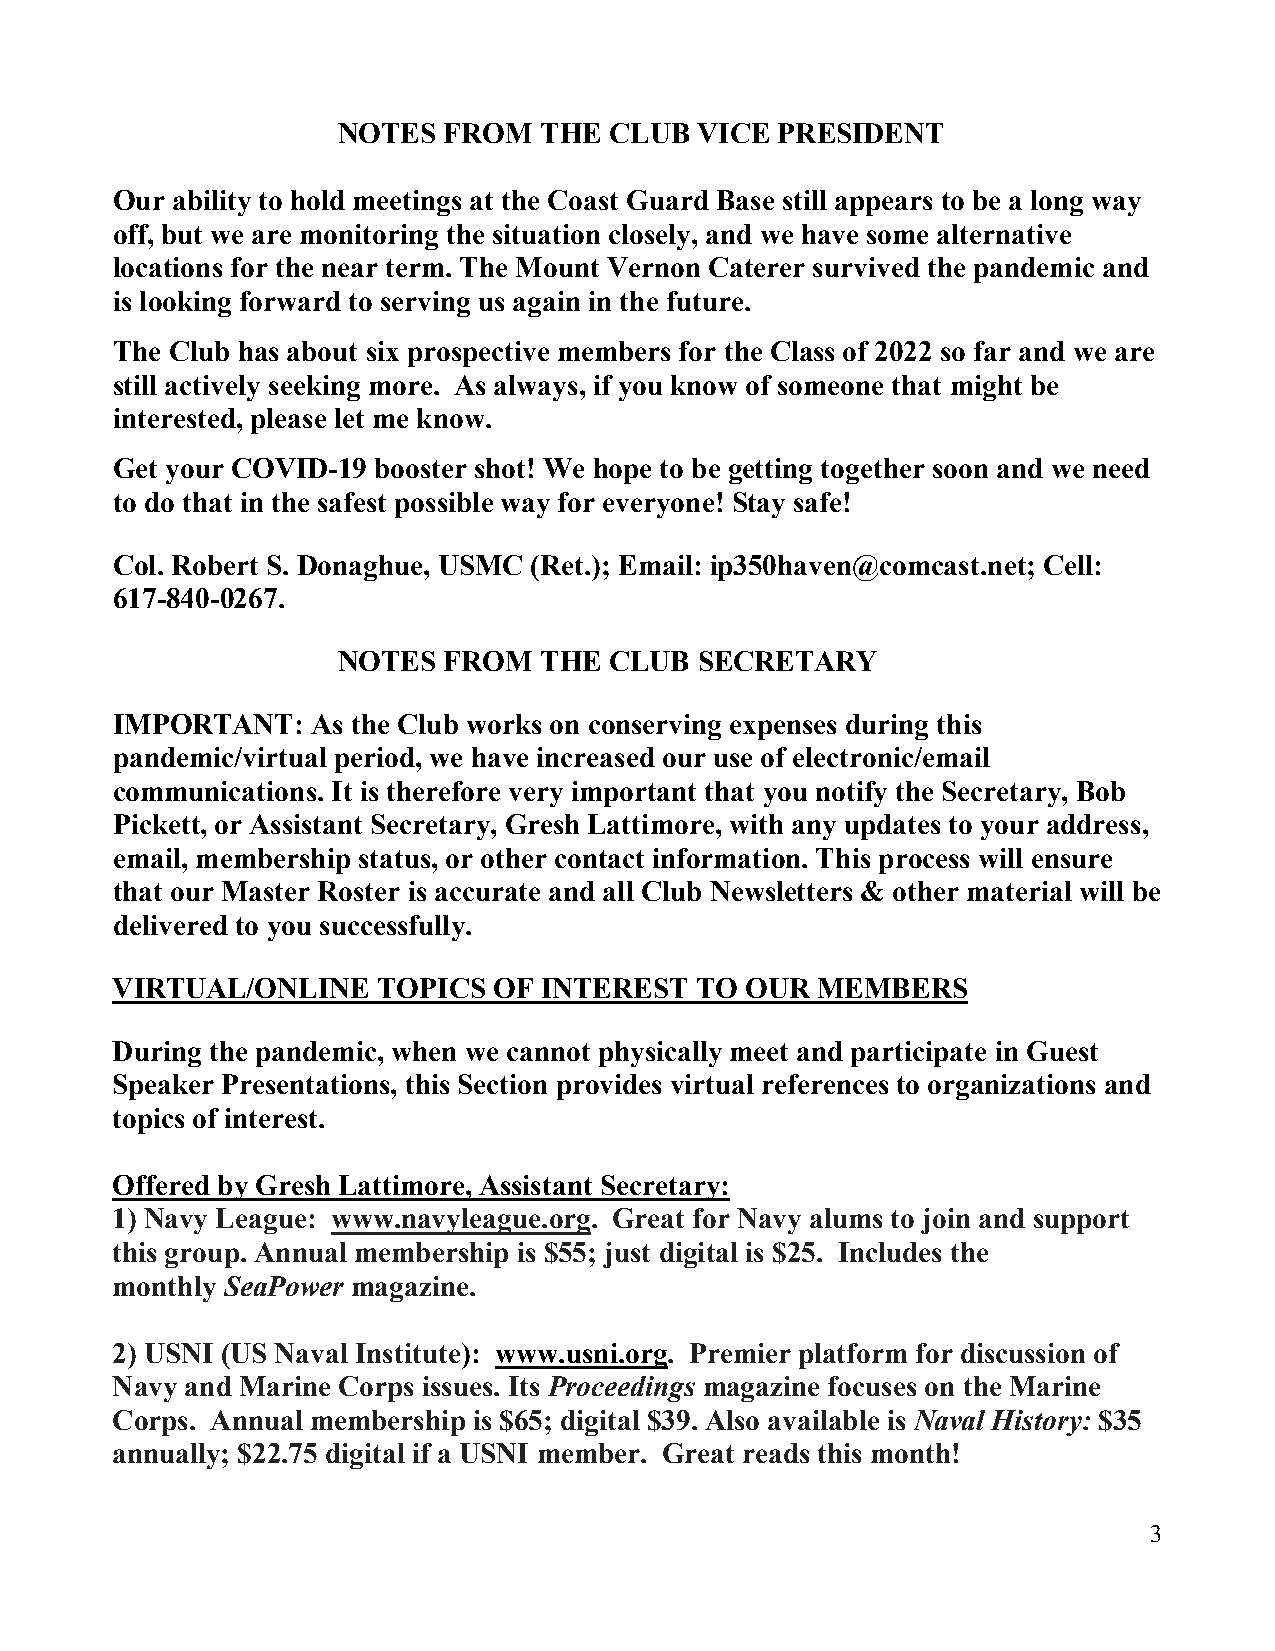
NOTES  FROM   THE CLUB  VICE PRESIDENT
 Our ability to hold meetings at the Coast Guard Base still appears to be a long way
 off, but we are monitoring the situation closely, and we have some alternative
 locations for the near term. The Mount Vernon Caterer survived the pandemic and
 is looking forward to serving us again in the future.
 The Club has about six prospective members for the Class of 2022 so far and we are
 still actively seeking more. As always, if you know of someone that might be
 interested, please let me know.
 Get your COVID-19 booster shot! We hope to be getting together soon and we need
 to do that in the safest possible way for everyone! Stay safe!
 Col. Robert S. Donaghue, USMC (Ret.); Email: ip350haven@comcast.net; Cell:
 617-840-0267.
 NOTES  FROM   THE CLUB  SECRETARY
 IMPORTANT:    As the Club works on conserving expenses during this
 pandemic/virtual period, we have increased our use of electronic/email
 communications. It is therefore very important that you notify the Secretary, Bob
 Pickett, or Assistant Secretary, Gresh Lattimore, with any updates to your address,
 email, membership status, or other contact information. This process will ensure
 that our Master Roster is accurate and all Club Newsletters & other material will be
 delivered to you successfully.
 VIRTUAL/ONLINE    TOPICS  OF INTEREST  TO OUR  MEMBERS
 During the pandemic, when we cannot physically meet and participate in Guest
 Speaker Presentations, this Section provides virtual references to organizations and
 topics of interest.
 Offered by Gresh Lattimore, Assistant Secretary:
 1) Navy League: www.navyleague.org. Great for Navy alums to join and support
 this group. Annual membership is $55; just digital is $25. Includes the
 monthly SeaPower magazine.
 2) USNI (US Naval Institute): www.usni.org. Premier platform for discussion of
 Navy and Marine Corps issues. Its Proceedings magazine focuses on the Marine
 Corps. Annual membership is $65; digital $39. Also available is Naval History: $35
 annually; $22.75 digital if a USNI member. Great reads this month!
 3